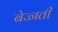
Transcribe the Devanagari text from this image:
बेज्जती